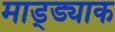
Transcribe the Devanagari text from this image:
माड्ड्याक